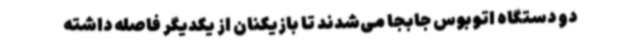
دو دستگاه اتوبوس جابجا می‌شدند تا بازیکنان از یکدیگر فاصله داشته